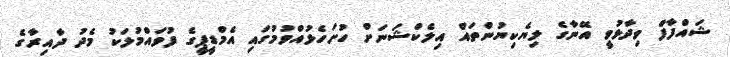
ޝައްފާފް ވިދާޅުވީ އޭނާގެ ލިޔެކިޔުންތައް އިލެކްޝަނަށް ހުށަހެޅުއްވުމުގައި އެމްޑީޕީގެ ފުވައްމުލަކު މެދު ދާއިރާގެ